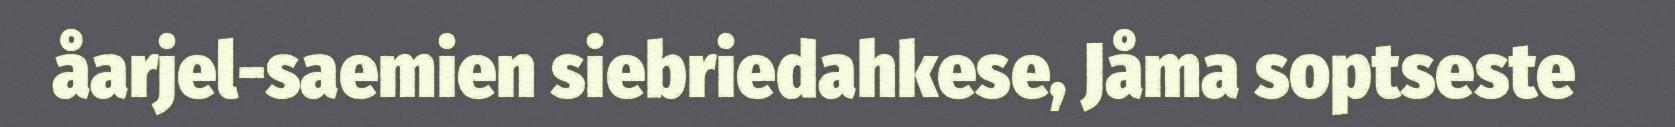
åarjel-saemien siebriedahkese, Jåma soptseste